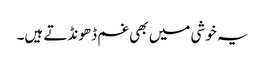
یہ خوشی میں بھی غم ڈھونڈتے ہیں۔